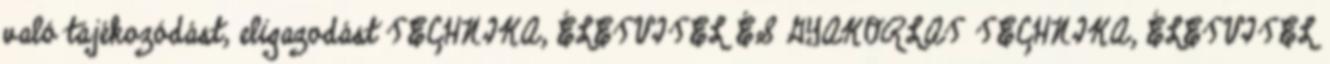
való tájékozódást, eligazodást TECHNIKA, ÉLETVITEL ÉS GYAKORLAT TECHNIKA, ÉLETVITEL